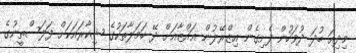
މިދިއަ ބުދަ ދުވަހުން ފެށިގެން އިޒްރޭލުން ޣައްޒާއަށް ދޭ ހަމަލާތަކުގެ ޝިކާރައަކަށް ފަލަސްތީނުގެ